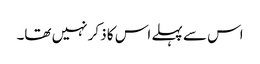
اس سے پہلے اس کا ذکر نہیں تھا۔